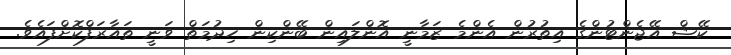
ކޭޝް އޭޖެންޓުންގެ އިތުރުން އެންމެ ޒަމާނީ އޮންލައިން ބޭންކިން ހިދުމަތް ވަނީ ތައާރަފްކޮށްފައެވެ.